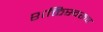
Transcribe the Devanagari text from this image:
शक्तिस्वरूप